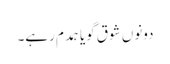
دونوں شوق گویا ہمدم رہے۔